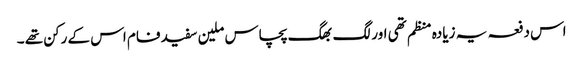
اس دفعہ یہ زیادہ منظم تھی اور لگ بھگ پچاس ملین سفید فام اس کے رکن تھے ۔